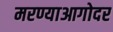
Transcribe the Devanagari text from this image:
मरण्याआगोदर